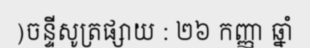
)ចន្ទីសូត្រផ្សាយ : ២៦ កញ្ញា ឆ្នាំ